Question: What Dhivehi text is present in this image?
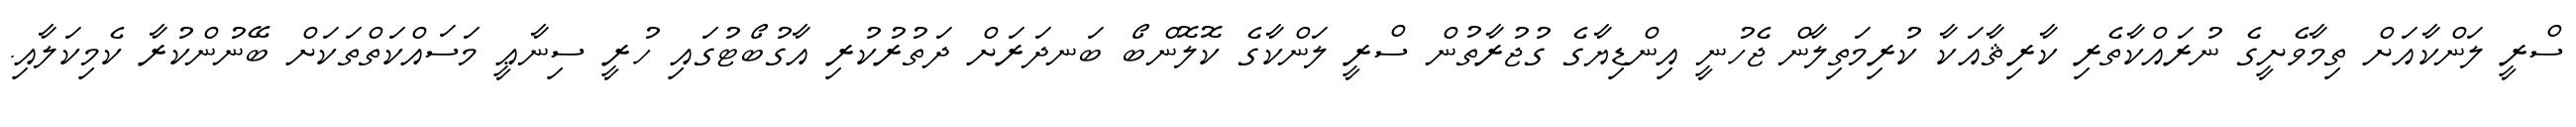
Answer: ސްރީ ލަންކާއަށް ތިމާވެށީގެ ނުރައްކާތެރި ކާރިޘާއަކާ ކުރިމަތިލާން ޖެހުނީ އިންޑިޔާގެ ގުޖުރާތުން ސްރީ ލަންކާގެ ކޮލޮންބޯ ބަނދަރަށް ދަތުރުކުރި އާގުބޯޓުގައި ހުރީ ސިނާޢީ މަސައްކަތްތަކަށް ބޭނުންކުރާ ކެމިކަލާއި.